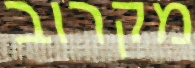
מקרוב